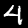
Label: 4